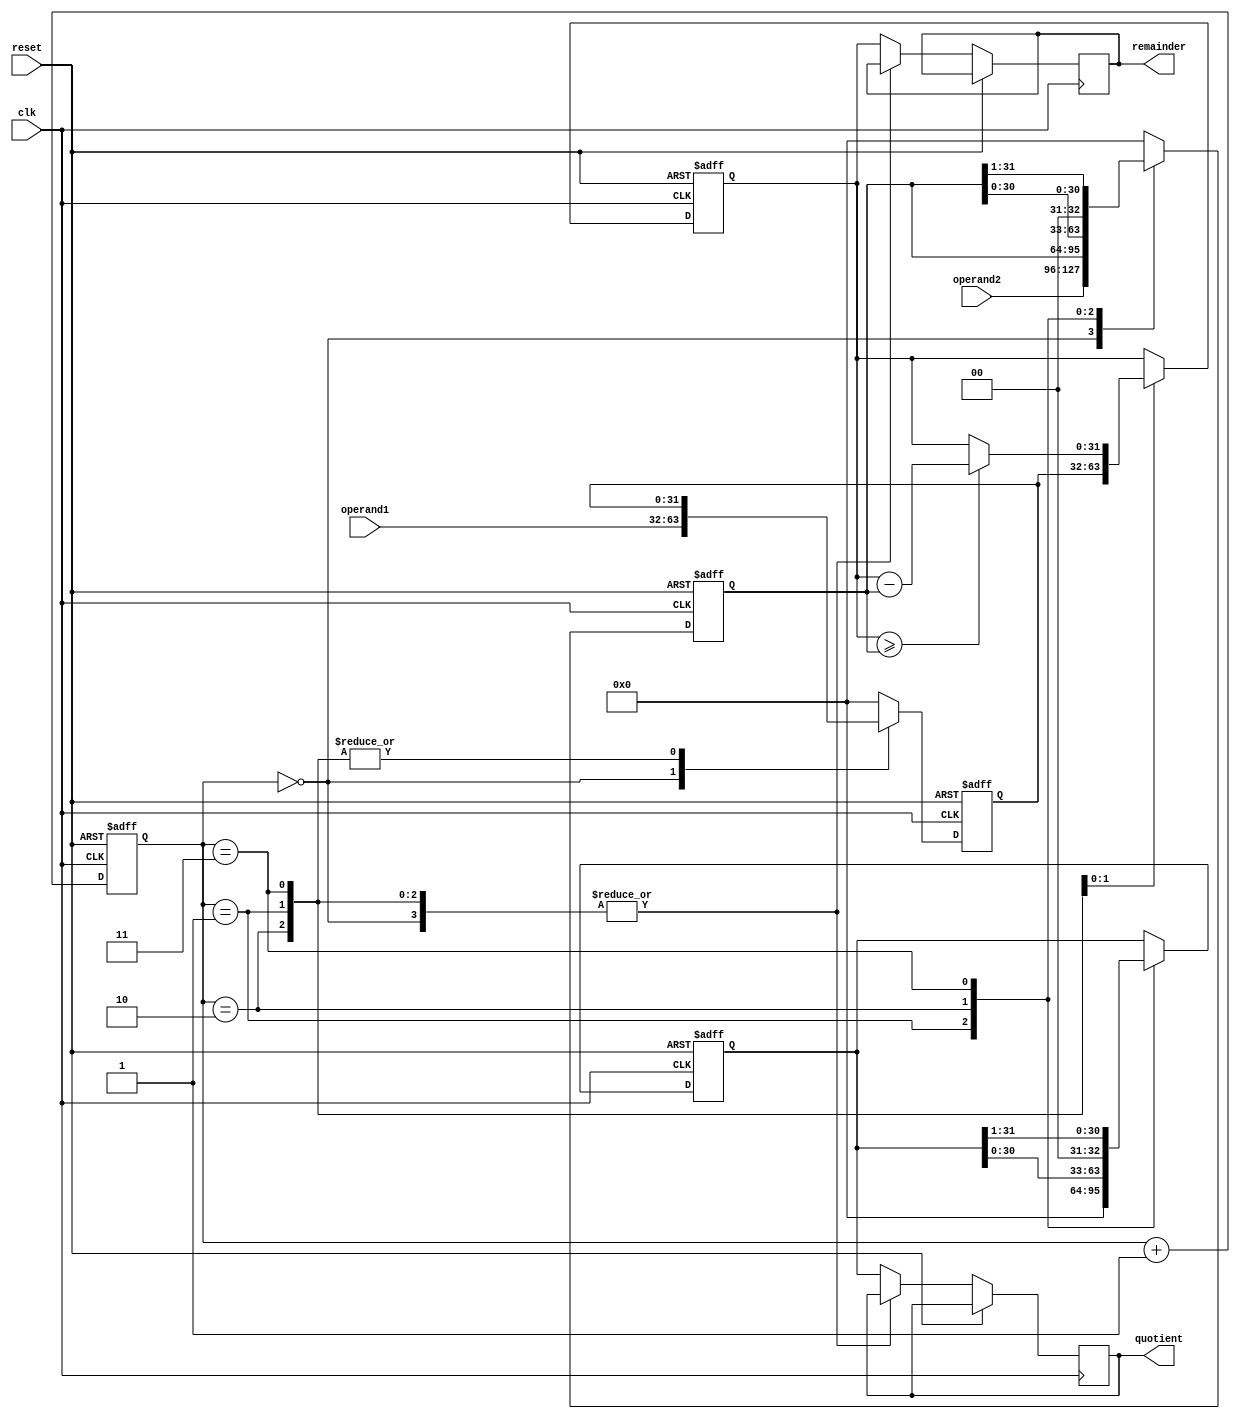
module Pipelined_Divider (
    input wire clk,
    input wire reset,
    input wire [31:0] operand1,
    input wire [31:0] operand2,
    output reg [31:0] quotient,
    output reg [31:0] remainder
);

reg [31:0] temp_dividend;
reg [31:0] temp_divisor;
reg [31:0] temp_quotient;
reg [31:0] temp_remainder;
reg [4:0] stage_count;

always @ (posedge clk or posedge reset) begin
    if (reset) begin
        temp_dividend <= 32'd0;
        temp_divisor <= 32'd0;
        temp_quotient <= 32'd0;
        temp_remainder <= 32'd0;
        stage_count <= 5'd0;
    end else begin
        case (stage_count)
            5'd0:
                begin
                    temp_dividend <= operand1;
                    temp_divisor <= operand2;
                end
            5'd1:
                begin
                    temp_remainder <= temp_dividend;
                    temp_quotient <= 32'd0;
                end
            5'd2:
                begin
                    temp_quotient <= temp_quotient << 1;
                    temp_divisor <= temp_divisor << 1;
                end
            5'd3:
                begin
                    if (temp_remainder >= temp_divisor) begin
                        temp_quotient[0] <= 1;
                        temp_remainder <= temp_remainder - temp_divisor;
                    end
                    temp_quotient <= temp_quotient >> 1;
                    temp_divisor <= temp_divisor >> 1;
                end
            default:
                begin
                    temp_dividend <= 32'd0;
                    temp_divisor <= 32'd0;
                    quotient <= temp_quotient;
                    remainder <= temp_remainder;
                    stage_count <= 5'd0;
                end
        endcase
        stage_count <= stage_count + 1;
    end
end

endmodule